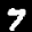
Label: 7